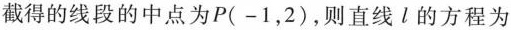
截得的线段的中点为P(-1，2)，则直线l的方程为